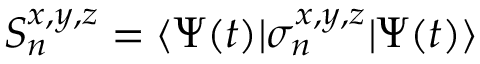
S _ { n } ^ { x , y , z } = \langle \Psi ( t ) | \sigma _ { n } ^ { x , y , z } | \Psi ( t ) \rangle